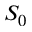
S _ { 0 }